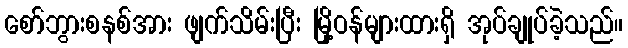
စော်ဘွားစနစ်အား ဖျက်သိမ်းပြီး မြို့ဝန်များထားရှိ အုပ်ချုပ်ခဲ့သည်။